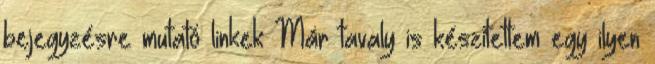
bejegyzésre mutató linkek Már tavaly is készítettem egy ilyen